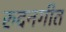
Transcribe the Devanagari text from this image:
रुदनगीत